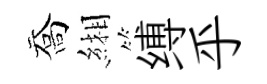
喬緗缚乎